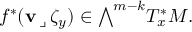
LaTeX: f ^ { * } ( \mathbf { v } \, \lrcorner \, \zeta _ { y } ) \in { \textstyle \bigwedge } ^ { m - k } T _ { x } ^ { * } M .